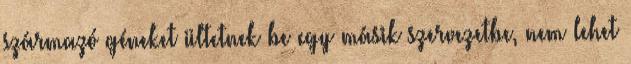
származó géneket ültetnek be egy másik szervezetbe, nem lehet